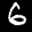
Label: 6